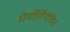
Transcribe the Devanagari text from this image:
गेयॉर्गियेविच